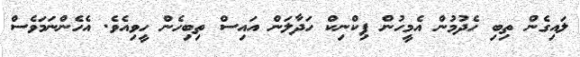
ލައިގެން ތިބި ހެދުމުން އެމީހުން ޕިކްނިކް ހަދާލަން އައިސް ތިބިހެން ހީވިއެވެ. އެހެންނަމަވެސް